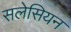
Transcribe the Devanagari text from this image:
सलेसियन